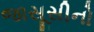
જાસૂસીનો